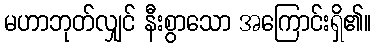
မဟာဘုတ်လျှင် နီးစွာသော အကြောင်းရှိ၏။